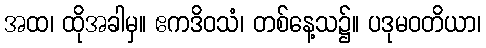
အထ၊ ထိုအခါမှ။ ဧကဒိဝသံ၊ တစ်နေ့သ၌။ ပဒုမဝတိယာ၊